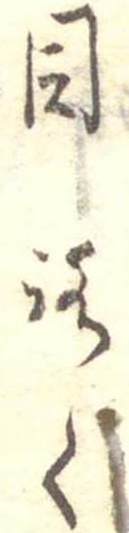
目ろく